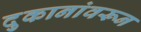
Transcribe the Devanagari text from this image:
दुकानांवरून